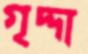
গৃদ্দা